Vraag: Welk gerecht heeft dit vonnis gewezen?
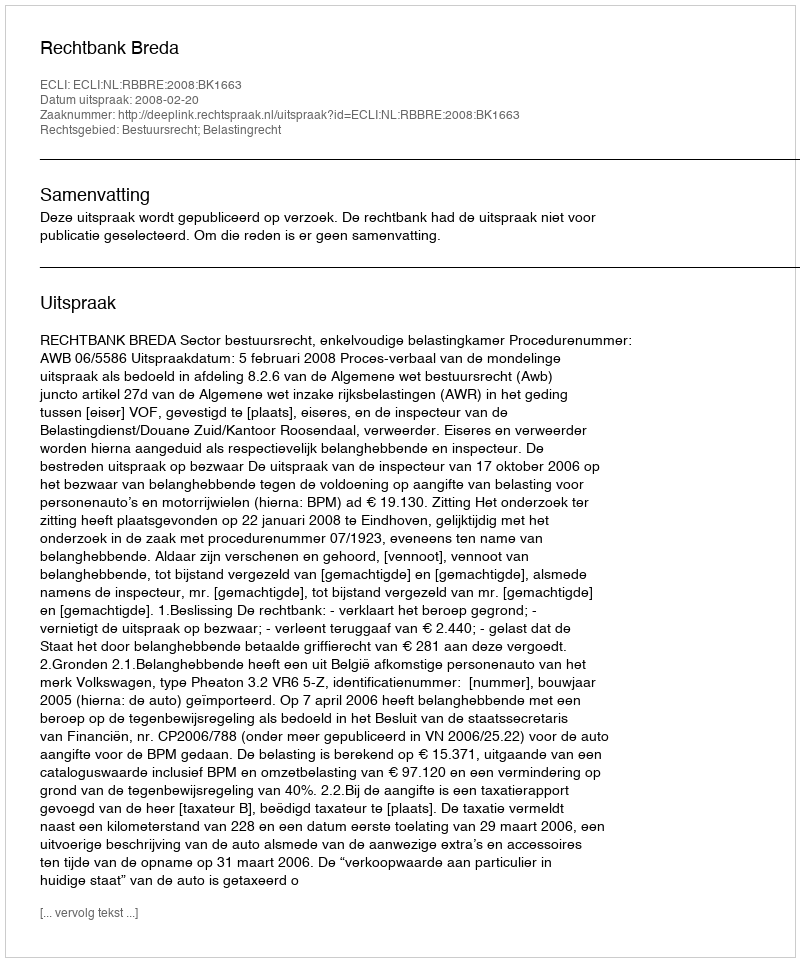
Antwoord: Rechtbank Breda